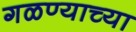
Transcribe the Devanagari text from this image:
गळण्याच्या